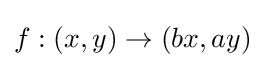
\textstyle f:(x,y)\to (bx,ay)